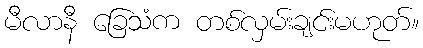
မီလာနီ ခြေသံက တစ်လှမ်းချင်းမဟုတ်။